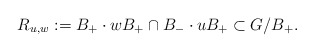
\begin{align*}R_{u,w} := B_+ \cdot w B_+ \cap B_- \cdot u B_+ \subset G/B_+.\end{align*}